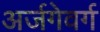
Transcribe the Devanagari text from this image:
अर्जगेवर्ग